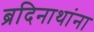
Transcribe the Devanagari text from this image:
ब्रदिनाथांना